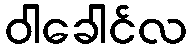
ဝါခေါင်လ